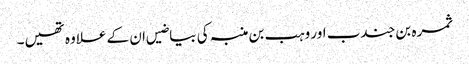
ثمرہ بن جندب اور وہب بن منبہ کی بیاضیں ان کے علاوہ تھیں۔